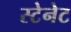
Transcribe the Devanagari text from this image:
स्टेनेट